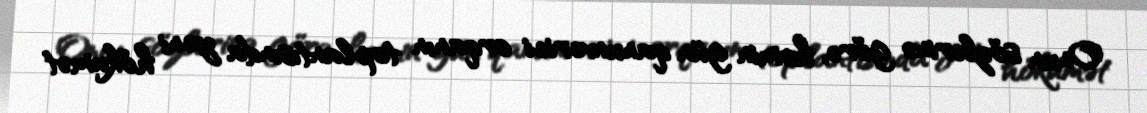
Onun sözlərinə görə, həmin gün qanunverici orqanın toplantısında yeni hökumət